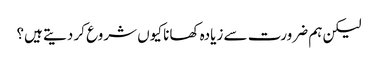
لیکن ہم ضرورت سے زیادہ کھانا کیوں شروع کر دیتے ہیں؟